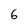
Character: 6